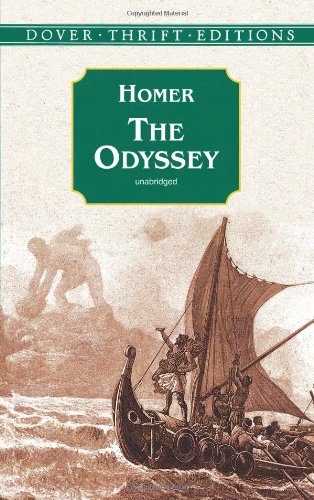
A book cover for The Odyssey (Dover Thrift Editions); Homer; Literature & Fiction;